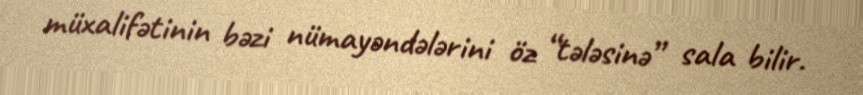
müxalifətinin bəzi nümayəndələrini öz “tələsinə” sala bilir.